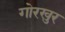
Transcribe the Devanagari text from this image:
गोरखुर